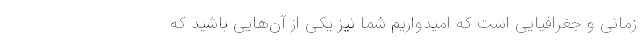
زمانی و جغرافیایی است که امیدواریم شما نیز یکی از آن‌هایی باشید که